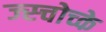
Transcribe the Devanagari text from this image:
ज्स्चोच्के